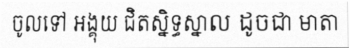
ចូលទៅ អង្គុយ ជិតស្និទ្ធស្នាល ដូចជា មាតា